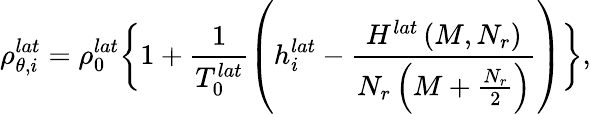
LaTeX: \rho_{\theta,i}^{lat}=\rho_{0}^{lat}\bigg\{ 1+\frac{1}{T_{0}^{lat}}\left(h_{i}^{lat}-\frac{H^{lat}\left(M,N_{r}\right)}{N_{r}\left(M+\frac{N_{r}}{2}\right)}\right)\bigg\} ,